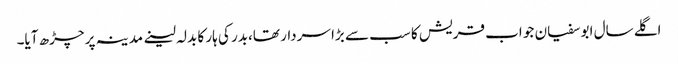
اگلے سال ابو سفیان جو اب قریش کا سب سے بڑا سردار تھا،بدر کی ہار کا بدلہ لینے مدینہ پر چڑھ آیا۔